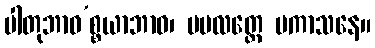
ပါတုဘာဝ’စ္စယာဘာဝ၊ ပဗလတ္တေ ပကာသနေ။